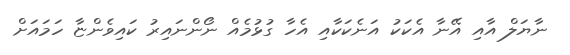
ނާޔަލް އާއި އޭނާ އެކަކު އަނެކަކާއި އެހާ ގުޅުމެއް ނޯންނައިރު ކައިވެންޏާ ހަމައަށް